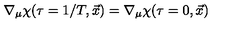
\nabla _ { \mu } \chi ( \tau = 1 / T , \vec { x } ) = \nabla _ { \mu } \chi ( \tau = 0 , \vec { x } )